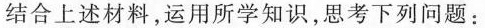
结合上述材料，运用所学知识，思考下列问题：